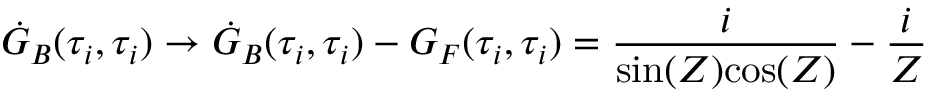
\dot { \cal G } _ { B } ( \tau _ { i } , \tau _ { i } ) \rightarrow \dot { \cal G } _ { B } ( \tau _ { i } , \tau _ { i } ) - { \cal G } _ { F } ( \tau _ { i } , \tau _ { i } ) = { \frac { i } { \mathrm { s i n } ( { \cal Z } ) \mathrm { c o s } ( { \cal Z } ) } } - { \frac { i } { \cal Z } }